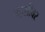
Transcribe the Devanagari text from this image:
म्हशीवर